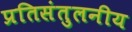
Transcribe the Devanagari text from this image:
प्रतिसंतुलनीय